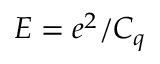
E = e ^ { 2 } / C _ { q }